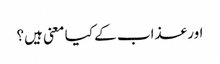
اور عذاب کے کیا معنی ہیں؟